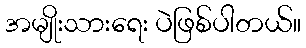
အမျိုးသားရေး ပဲဖြစ်ပါတယ်။